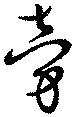
旁